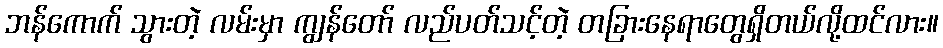
ဘန်ကောက် သွားတဲ့ လမ်းမှာ ကျွန်တော် လည်ပတ်သင့်တဲ့ တခြားနေရာတွေရှိတယ်လို့ထင်လား။